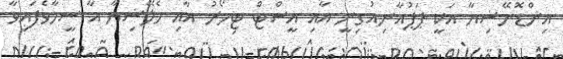
އިންޑޮނޭޝިޔާ އަކީ ޕަޕުއާނިއުގިނީ އާއި އީސްޓް ޓިމޯރު އާއި މެލޭޝިޔާ އާ ސީމާވެފައިވާ